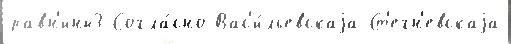
равн'ины3 Согла́сно Вас'и́льевскаjа Ст'егн'евскаjа